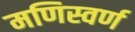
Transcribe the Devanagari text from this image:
मणिस्वर्ण